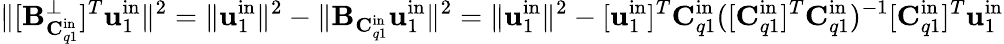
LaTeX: \| [\mathbf{B}_{\mathbf{C}_{q1}^{\mathrm{in}}}^{\perp}]^{T}\mathbf{u}_{1}^{\mathrm{in}}\| ^{2}=\| \mathbf{u}_{1}^{\mathrm{in}}\| ^{2}-\| \mathbf{B}_{\mathbf{C}_{q1}^{\mathrm{in}}}\mathbf{u}_{1}^{\mathrm{in}}\| ^{2}=\| \mathbf{u}_{1}^{\mathrm{in}}\| ^{2}-[\mathbf{u}_{1}^{\mathrm{in}}]^{T}\mathbf{C}_{q1}^{\mathrm{in}}([\mathbf{C}_{q1}^{\mathrm{in}}]^{T}\mathbf{C}_{q1}^{\mathrm{in}})^{-1}[\mathbf{C}_{q1}^{\mathrm{in}}]^{T}\mathbf{u}_{1}^{\mathrm{in}}